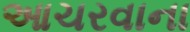
આચરવાના